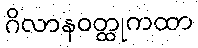
ဂိလာနဝတ္ထုကထာ